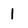
Character: 1